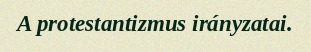
A protestantizmus irányzatai.